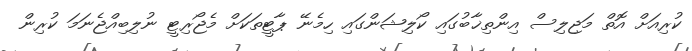
ކުރިއަށް އޮތް މަޖިލިސް އިންތިޚާބުގައި ކޯލިޝަންގައި ހިމެނޭ ޕާޓީތަކަށް މެޖޯރިޓީ ނުލިބިއްޖެނަމަ ކުރިން